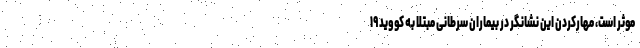
موثر است، مهارکردن این نشانگر در بیماران سرطانی مبتلا به کووید ۱۹